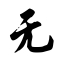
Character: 无